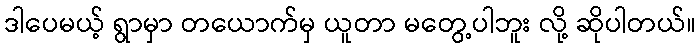
ဒါပေမယ့် ရွာမှာ တယောက်မှ ယူတာ မတွေ့ပါဘူး လို့ ဆိုပါတယ်။